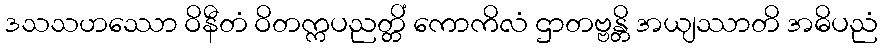
ဒသသဟဿော ဝိနီတံ ဝိတက္ကပညတ္တိံ ကောကိလံ ဌာတဗ္ဗန္တိ အယျဿာတိ အဓိပညံ